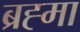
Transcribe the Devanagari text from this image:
ब्रह्‍मा